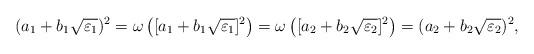
LaTeX: \begin{align*}(a_1+b_1\sqrt{\varepsilon_1})^2 = \omega\left([a_1+b_1\sqrt{\varepsilon_1}]^2 \right) = \omega\left([a_2+b_2\sqrt{\varepsilon_2}]^2 \right) = (a_2+b_2\sqrt{\varepsilon_2})^2,\end{align*}